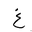
Letter: _gayn